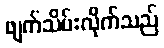
ဖျက်သိမ်းလိုက်သည်